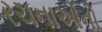
રચનાઓનો